Annual statistical returns and brief notes on vaccination in Bengal - 1909-1929
Year: 1909
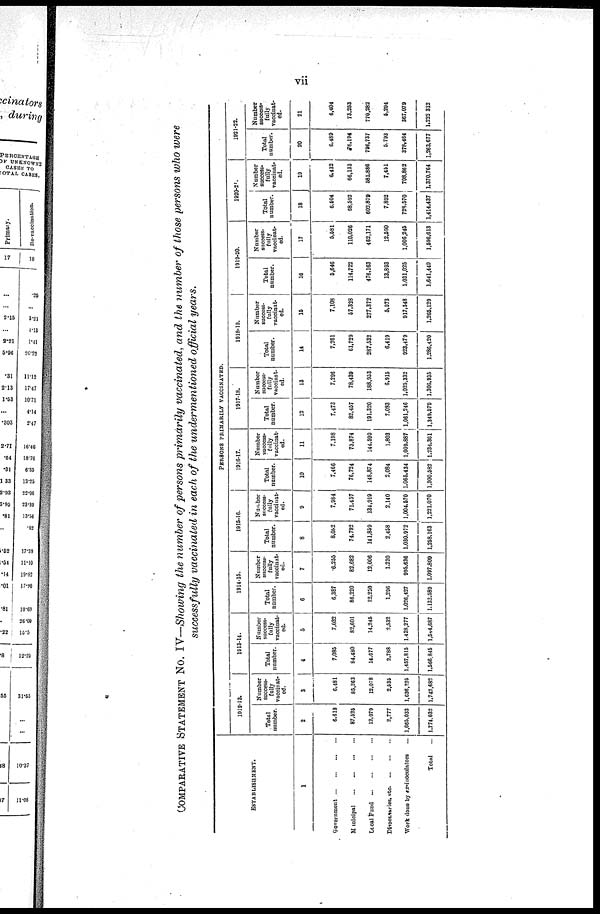
vii
COMPARATIVE STATEMENT No. IV—Showing the number of persons primarily vaccinated, and the number of those persons who were
successfully vaccinated in each of the undermentioned official years.
ESTABLISHMENT.
1
Government
...
...
...
...
Municipal
...
...
...
...
Local Fund
...
...
...
...
Dispensaries, etc. ... ... ...
Work done by ex-inoculators ...
Total ...
PERSONS PRIMARILY VACCINATED.
1912-13.
Total
number.
2
6,618
87,525
12,079
2,777
1,665,038
1,774,032
Number
success-
fully
vaccinat-
ed.
3
6,481
85,263
12,078
2,535
1,636,225
1,742,682
1913-14.
Total
number.
4
7,085
84,480
14,677
2,788
1,457,815
1,566,845
Number
success¬
fully
vaccinat¬
ed.
5
7,032
82,601
14,245
2,532
1,438,277
1,544,687
1914-15.
Total
number.
6
6,387
86,220
12,250
1,296
1,026,427
1,132,589
Number
success¬
fully
vaccinat-
ed.
7
6,255
82,682
12,006
1,230
995,626
1,097,809
1915-16.
Total
number.
8
8,082
74,792
141,859
2,458
1,030,972
1,258,163
Number
success¬
fully
vaccinat¬
ed.
9
7,984
71,457
134,919
2,140
1,004,570
1,221,070
1916-17.
Total
number.
10
7,466
76,724
148,874
2,084
1,065,434
1,300,582
Number
success¬
fully
vaccinat-
ed.
11
7,198
70,874
144,599
1,803
1,009,887
1,234,361
1917-18.
Total
number.
12
7,473
82,457
191,320
7,083
1,061,246
1,349,579
Number
success¬
fully
vaccinat¬
ed.
13
7,296
78,439
188,953
6,915
1,025,332
1,306,935
1918-19.
Total
number.
14
7,261
61,729
287,532
6,419
923,479
1,286,420
Number
success¬
fully
vaccinat-
ed.
15
7,108
57,328
277,372
5,973
917,348
1.265,129
1919-20.
Total
number.
16
5,646
114,722
476,163
13,893
1,031,025
1,641,449
Number
success-
fully
vaccinat¬
ed.
17
5,581
110,026
462,171
12,590
1,006,245
1,596,613
1920-21.
Total
number.
18
6,504
68,592
602,879
7,892
728,570
1,414,437
Number
success-
fully
vaccinat-
ed.
19
6,432
66,133
581,886
7,451
708,862
1,370,764
1921-22.
Total
number.
20
6,489
76,194
796,737
5,793
376,464
1,263,677
Number
success-
fully
vaccinat-
ed.
21
6,404
73,253
770,282
5,294
367,079
1,222,312